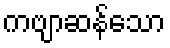
ကဗျာဆန်သော